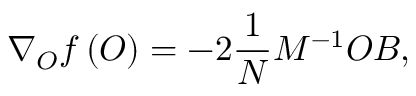
\nabla _ { O } f \left( O \right) = - 2 \frac { 1 } { N } M ^ { - 1 } O B ,